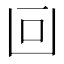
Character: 𠚃